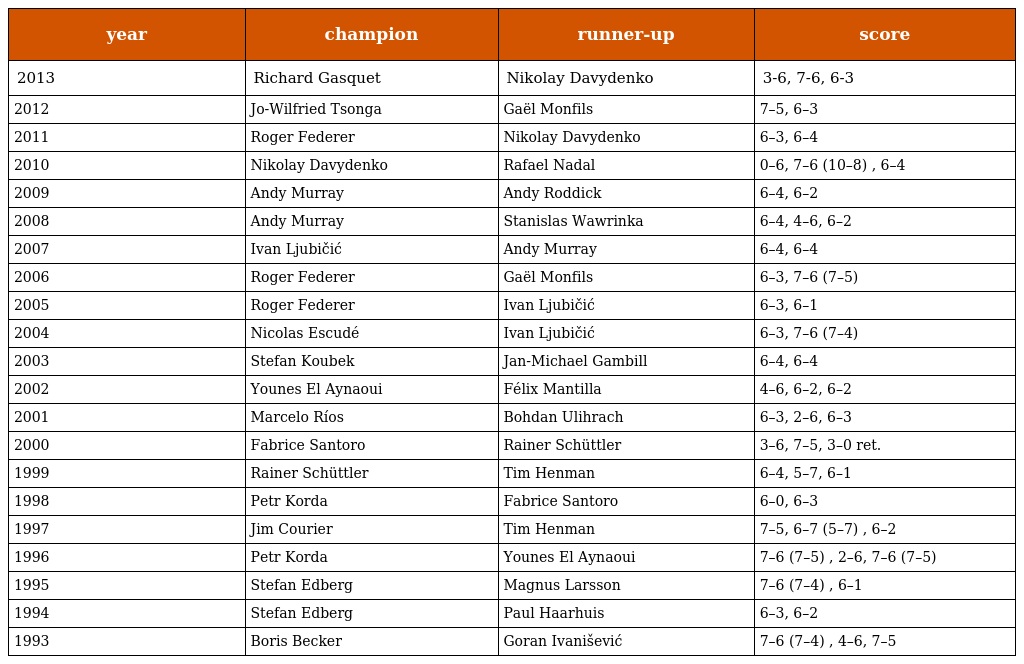
| year | champion | runner-up | score |
 | --- | --- | --- | --- |
 | 2013 | Richard Gasquet | Nikolay Davydenko | 3-6, 7-6, 6-3 |
 | 2012 | Jo-Wilfried Tsonga | Gaël Monfils | 7–5, 6–3 |
 | 2011 | Roger Federer | Nikolay Davydenko | 6–3, 6–4 |
 | 2010 | Nikolay Davydenko | Rafael Nadal | 0–6, 7–6 (10–8) , 6–4 |
 | 2009 | Andy Murray | Andy Roddick | 6–4, 6–2 |
 | 2008 | Andy Murray | Stanislas Wawrinka | 6–4, 4–6, 6–2 |
 | 2007 | Ivan Ljubičić | Andy Murray | 6–4, 6–4 |
 | 2006 | Roger Federer | Gaël Monfils | 6–3, 7–6 (7–5) |
 | 2005 | Roger Federer | Ivan Ljubičić | 6–3, 6–1 |
 | 2004 | Nicolas Escudé | Ivan Ljubičić | 6–3, 7–6 (7–4) |
 | 2003 | Stefan Koubek | Jan-Michael Gambill | 6–4, 6–4 |
 | 2002 | Younes El Aynaoui | Félix Mantilla | 4–6, 6–2, 6–2 |
 | 2001 | Marcelo Ríos | Bohdan Ulihrach | 6–3, 2–6, 6–3 |
 | 2000 | Fabrice Santoro | Rainer Schüttler | 3–6, 7–5, 3–0 ret. |
 | 1999 | Rainer Schüttler | Tim Henman | 6–4, 5–7, 6–1 |
 | 1998 | Petr Korda | Fabrice Santoro | 6–0, 6–3 |
 | 1997 | Jim Courier | Tim Henman | 7–5, 6–7 (5–7) , 6–2 |
 | 1996 | Petr Korda | Younes El Aynaoui | 7–6 (7–5) , 2–6, 7–6 (7–5) |
 | 1995 | Stefan Edberg | Magnus Larsson | 7–6 (7–4) , 6–1 |
 | 1994 | Stefan Edberg | Paul Haarhuis | 6–3, 6–2 |
 | 1993 | Boris Becker | Goran Ivanišević | 7–6 (7–4) , 4–6, 7–5 |